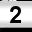
Digit: 2